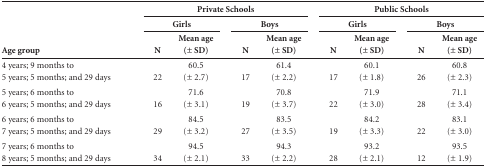
| <ROWSPAN=3> Age group | <COLSPAN=5> Private Schools |  | <COLSPAN=5> Public Schools |
 | <COLSPAN=2> Girls |  | <COLSPAN=2> Boys |  | <COLSPAN=2> Girls |  | <COLSPAN=2> Boys |
 | N | Mean age(± SD) |  | N | Mean age(± SD) |  | N | Mean age(± SD) |  | N | Mean age(± SD) |
 | --- | --- | --- | --- | --- | --- | --- | --- | --- | --- | --- | --- |
 | 4 years; 9 months to5 years; 5 months;and 29 days | 22 | 60.5 (± 2.7) |  | 17 | 61.4 (± 2.2) |  | 17 | 60.1 (± 1.8) |  | 26 | 60.8 (± 2.3) |
 | 5 years; 6 months to 6 years; 5 months; and29 days | 16 | 71.6 (± 3.1) |  | 19 | 70.8 (± 3.7) |  | 22 | 71.9 (± 3.0) |  | 28 | 71.1 (± 3.4) |
 | 6 years; 6 months to7 years; 5 months;and 29 days | 29 | 84.5 (± 3.2) |  | 27 | 83.5 (± 3.5) |  | 19 | 84.2 (± 3.3) |  | 22 | 83.1 (± 3.0) |
 | 7 years; 6 months to8 years; 5 months;and 29 days | 34 | 94.5 (± 2.1) |  | 33 | 94.3 (± 2.2) |  | 28 | 93.2 (± 2.1) |  | 12 | 93.5 (± 1.9) |